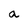
Character: a